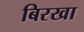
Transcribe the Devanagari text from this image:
बिरखा